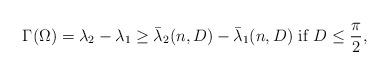
LaTeX: \begin{align*} \Gamma(\Omega) =\lambda_2-\lambda_1 \ge \bar{\lambda}_2 (n,D) - \bar{\lambda}_1 (n,D) \ \mbox{if} \ D \le \frac{\pi}{2},\end{align*}